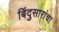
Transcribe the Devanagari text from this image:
बिंदुसारांचा